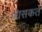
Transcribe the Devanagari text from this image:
जासकते